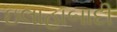
ઇલાહાબાદી